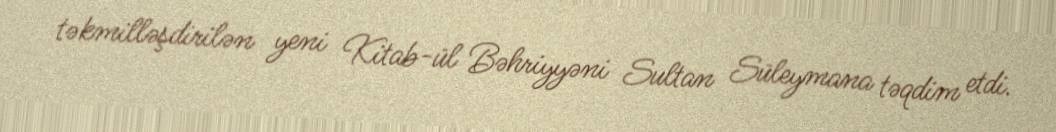
təkmilləşdirilən yeni Kitab-ül Bəhriyyəni Sultan Süleymana təqdim etdi.